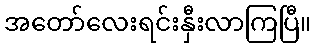
အတော်လေးရင်းနှီးလာကြပြီ။